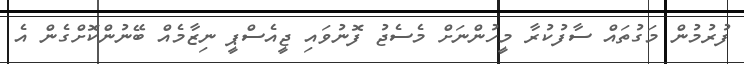
ފުރުމުން މަގުތައް ސާފުކުރާ މީހުންނަށް މެސެޖު ފޮނުވައި ޖީއެސްޕީ ނިޒާމެއް ބޭނުންކޮށްގެން އެ